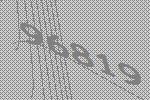
96819